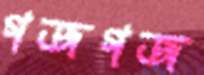
গজগজ